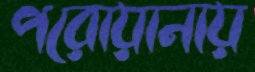
পরোয়ানায়